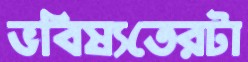
ভবিষ্যতেরটা